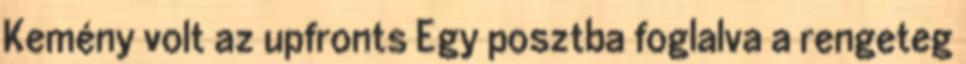
Kemény volt az upfronts Egy posztba foglalva a rengeteg